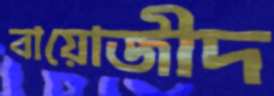
বায়োজীদ